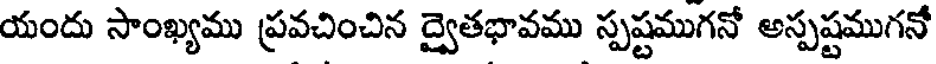
యందు సాంఖ్యము ప్రవచించిన ద్వైతభావము స్పష్టముగనో అస్పష్టముగనో